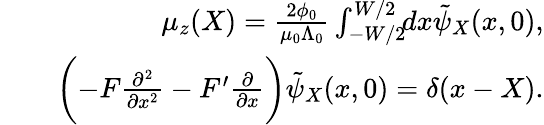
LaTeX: \begin{array}{rlr}&{}&{\mu_{z}(X)=\frac{2\phi_{0}}{\mu_{0}\Lambda_{0}}\int_{-W/2}^{W/2}\! \! dx\tilde{\psi}_{X}(x,0),}\\ &{}&{\biggl(-F\frac{\partial^{2}}{\partial x^{2}}-F^{\prime}\frac{\partial}{\partial x}\biggr)\tilde{\psi}_{X}(x,0)=\delta(x-X).}\end{array}